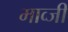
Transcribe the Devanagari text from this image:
माव्जी